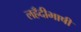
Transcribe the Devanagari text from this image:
लहँदीभाषी